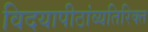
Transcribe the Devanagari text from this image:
विदयापीठांव्यतिरिक्त